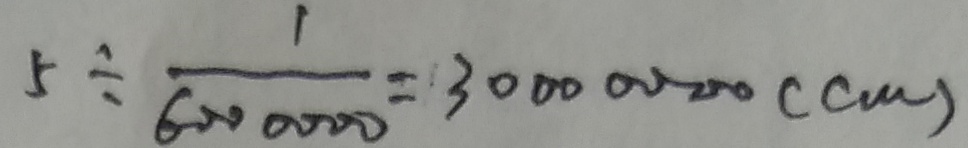
5 \div \frac { 1 } { 6 0 0 0 0 0 0 } = 3 0 0 0 0 0 0 0 ( c m )